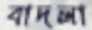
বাদলা